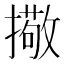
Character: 擏